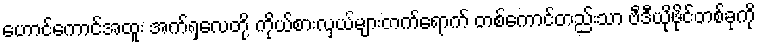
ဟောင်ကောင်အထူး အက်ရှလေတို့ ကိုယ်စားလှယ်များတက်ရောက် တစ်ကောင်တည်းသာ ဗီဒီယိုဖိုင်တစ်ခုကို